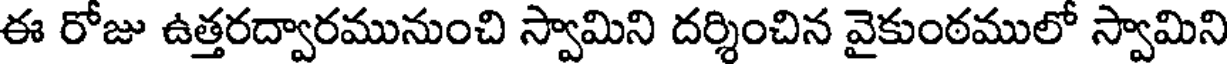
ఈ రోజు ఉత్తరద్వారమునుంచి స్వామిని దర్శించిన వైకుంఠములో స్వామిని